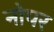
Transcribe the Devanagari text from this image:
नोपर